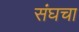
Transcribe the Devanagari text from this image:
संघचा